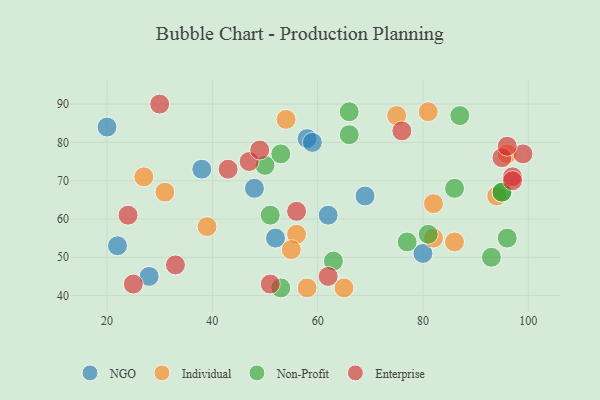
{"axis": {"x": "GDP", "y": "Life Expectancy"}, "legend": ["Enterprise", "Individual", "NGO", "Non-Profit"], "data": [{"x": "28", "y": 45, "type": "NGO"}, {"x": "52", "y": 55, "type": "NGO"}, {"x": "69", "y": 66, "type": "NGO"}, {"x": "22", "y": 53, "type": "NGO"}, {"x": "58", "y": 81, "type": "NGO"}, {"x": "20", "y": 84, "type": "NGO"}, {"x": "80", "y": 51, "type": "NGO"}, {"x": "62", "y": 61, "type": "NGO"}, {"x": "38", "y": 73, "type": "NGO"}, {"x": "59", "y": 80, "type": "NGO"}, {"x": "48", "y": 68, "type": "NGO"}, {"x": "65", "y": 42, "type": "Individual"}, {"x": "58", "y": 42, "type": "Individual"}, {"x": "86", "y": 54, "type": "Individual"}, {"x": "54", "y": 86, "type": "Individual"}, {"x": "31", "y": 67, "type": "Individual"}, {"x": "82", "y": 64, "type": "Individual"}, {"x": "82", "y": 55, "type": "Individual"}, {"x": "39", "y": 58, "type": "Individual"}, {"x": "56", "y": 56, "type": "Individual"}, {"x": "94", "y": 66, "type": "Individual"}, {"x": "55", "y": 52, "type": "Individual"}, {"x": "27", "y": 71, "type": "Individual"}, {"x": "75", "y": 87, "type": "Individual"}, {"x": "81", "y": 88, "type": "Individual"}, {"x": "96", "y": 77, "type": "Individual"}, {"x": "93", "y": 50, "type": "Non-Profit"}, {"x": "53", "y": 42, "type": "Non-Profit"}, {"x": "51", "y": 61, "type": "Non-Profit"}, {"x": "66", "y": 88, "type": "Non-Profit"}, {"x": "81", "y": 56, "type": "Non-Profit"}, {"x": "95", "y": 67, "type": "Non-Profit"}, {"x": "96", "y": 55, "type": "Non-Profit"}, {"x": "53", "y": 77, "type": "Non-Profit"}, {"x": "77", "y": 54, "type": "Non-Profit"}, {"x": "63", "y": 49, "type": "Non-Profit"}, {"x": "66", "y": 82, "type": "Non-Profit"}, {"x": "87", "y": 87, "type": "Non-Profit"}, {"x": "86", "y": 68, "type": "Non-Profit"}, {"x": "50", "y": 74, "type": "Non-Profit"}, {"x": "95", "y": 67, "type": "Non-Profit"}, {"x": "97", "y": 71, "type": "Enterprise"}, {"x": "56", "y": 62, "type": "Enterprise"}, {"x": "24", "y": 61, "type": "Enterprise"}, {"x": "47", "y": 75, "type": "Enterprise"}, {"x": "62", "y": 45, "type": "Enterprise"}, {"x": "51", "y": 43, "type": "Enterprise"}, {"x": "43", "y": 73, "type": "Enterprise"}, {"x": "33", "y": 48, "type": "Enterprise"}, {"x": "97", "y": 70, "type": "Enterprise"}, {"x": "25", "y": 43, "type": "Enterprise"}, {"x": "76", "y": 83, "type": "Enterprise"}, {"x": "99", "y": 77, "type": "Enterprise"}, {"x": "49", "y": 78, "type": "Enterprise"}, {"x": "95", "y": 76, "type": "Enterprise"}, {"x": "96", "y": 79, "type": "Enterprise"}, {"x": "30", "y": 90, "type": "Enterprise"}]}